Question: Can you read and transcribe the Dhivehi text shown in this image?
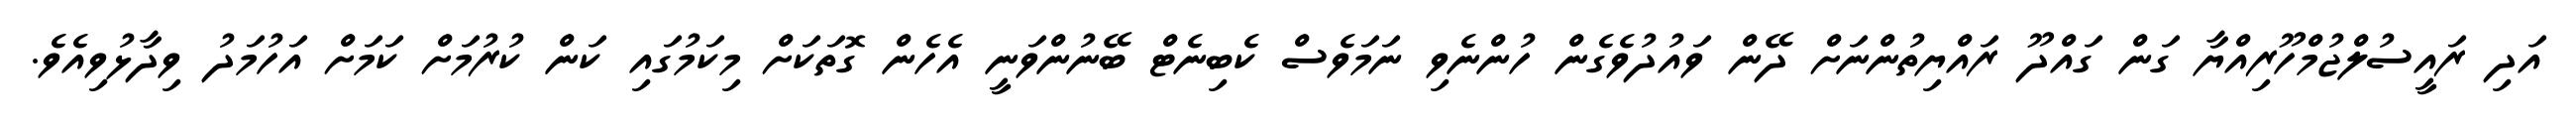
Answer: އަދި ރައީސުލްޖުމްހޫރިއްޔާ ގަން ގައްދޫ ރައްޔިތުންނަށް ދޭން ވައުދުވެގެން ހުންނެވި ނަމަވެސް ކެބިނެޓް ބޭނުންވަނީ އެހެން ގޮތަކަށް މިކަމުގައި ކަން ކުރުމަށް ކަމަށް އަހުމަދު ވިދާޅުވިއެވެ.